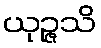
ယုဉ္ဇသိ